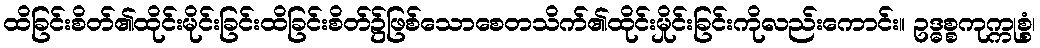
ထိခြင်းစိတ်၏ထိုင်းမိုင်းခြင်းထိခြင်းစိတ်၌ဖြစ်သောစေတသိက်၏ထိုင်းမှိုင်းခြင်းကိုလည်းကောင်း။ ဥဒ္ဓစ္စကုက္ကုစ္စံ၊